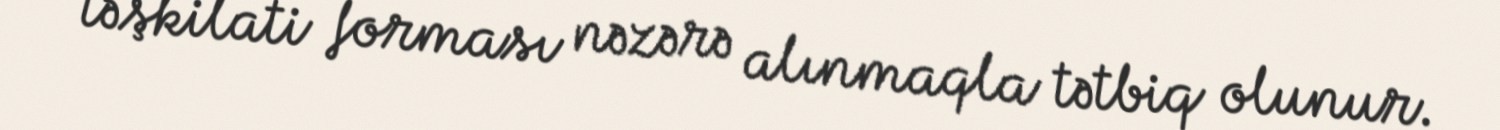
təşkilati forması nəzərə alınmaqla tətbiq olunur.